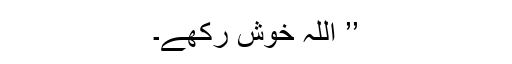
’’ اللہ خوش رکھے۔